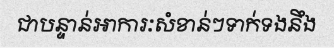
ជាបន្ទាន់អាការៈសំខាន់ៗទាក់ទងនឹង